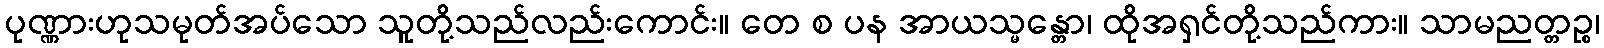
ပုဏ္ဏားဟုသမုတ်အပ်သော သူတို့သည်လည်းကောင်း။ တေ စ ပန အာယသ္မန္တော၊ ထိုအရှင်တို့သည်ကား။ သာမညတ္တဉ္စ၊